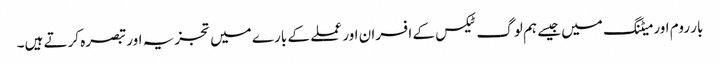
بار روم اور میٹنگ میں جیسے ہم لوگ ٹیکس کے افسران اور عملے کے بارے میں تجزیہ اور تبصرہ کرتے ہیں۔